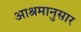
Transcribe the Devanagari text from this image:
आश्रमानुसार